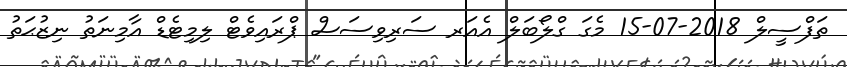
ތަފްސީލް 2018-07-15 މެގަ ގްލޯބަލް އެއަރ ސަރިވިސަސް ޕްރައިވެޓް ލިމިޓެޑް އާމިނަތު ނިޒުޙަތު